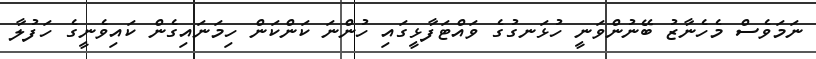
ނަމަވެސް މެހެނާޒު ބޭނުންވަނީ ހުޅަނގުގެ ވައްޓަފާޅީގައި ހުންނަ ކަންކަން ހިމަނައިގެން ކައިވެނީގެ ހަފުލާ